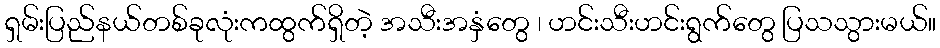
ရှမ်းပြည်နယ်တစ်ခုလုံးကထွက်ရှိတဲ့ အသီးအနှံတွေ ၊ ဟင်းသီးဟင်းရွက်တွေ ပြသသွားမယ်။